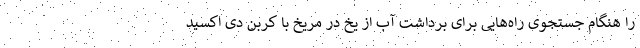
را هنگام جستجوی راه‌هایی برای برداشت آب از یخ در مریخ با کربن دی اکسید